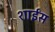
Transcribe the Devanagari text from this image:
शाईंस